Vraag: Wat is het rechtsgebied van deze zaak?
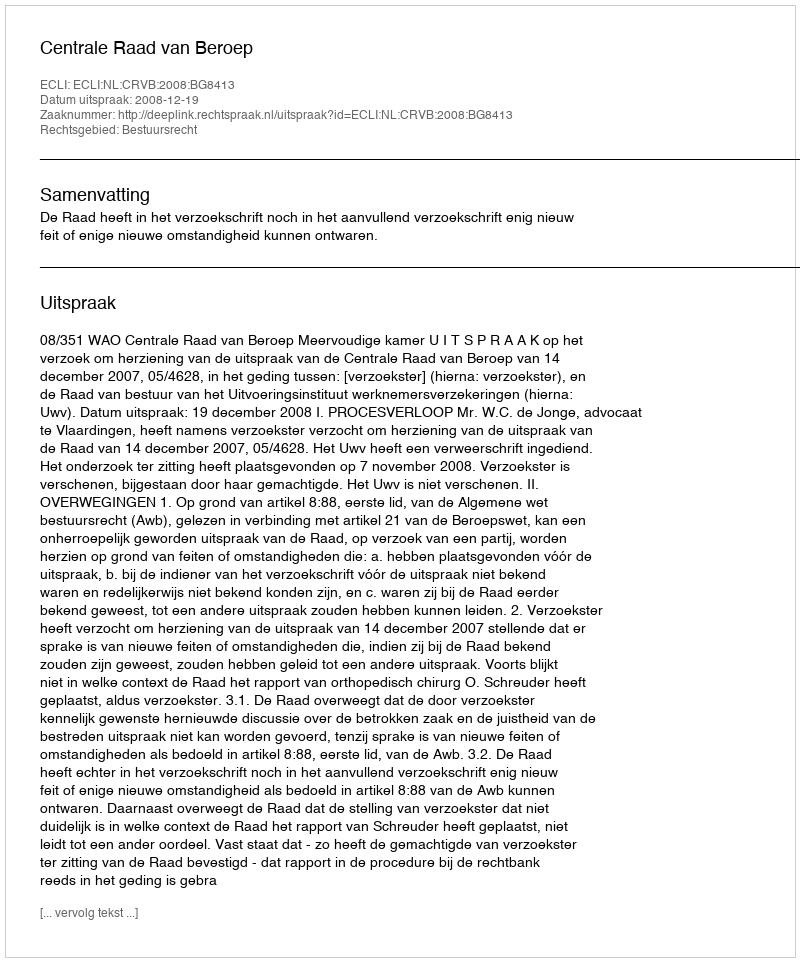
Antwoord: Bestuursrecht